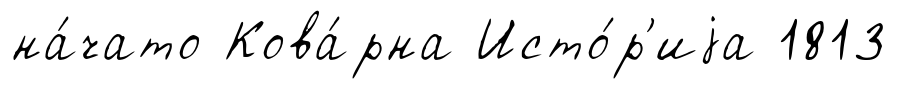
на́чато Кова́рна Исто́р'иjа 1813